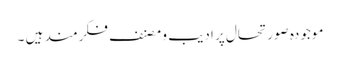
موجودہ صورتحال پر ادیب و مصنف فکرمند ہیں ۔